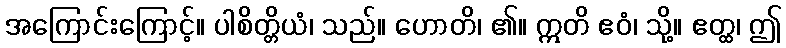
အကြောင်းကြောင့်။ ပါစိတ္တိယံ၊ သည်။ ဟောတိ၊ ၏။ ဣတိ ဧဝံ၊ သို့။ ဧတ္ထ၊ ဤ